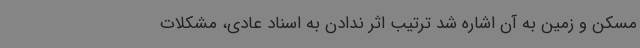
مسکن و زمین به آن اشاره شد ترتیب اثر ندادن به اسناد عادی، مشکلات